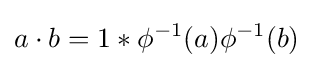
a\cdot b=1\ast \phi ^{-1}(a)\phi ^{-1}(b)